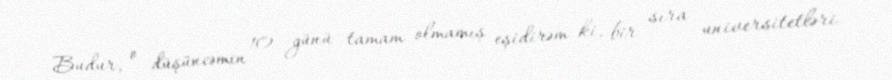
Budur, o düşüncəmin 10 günü tamam olmamış eşidirəm ki, bir sıra universitetləri